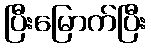
ပြီးမြောက်ပြီး